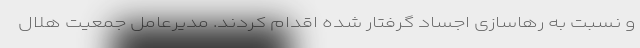
و نسبت به رهاسازی اجساد گرفتار شده اقدام کردند. مدیرعامل جمعیت هلال